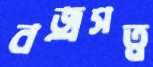
বজ্রসত্ব